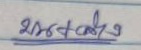
บน + ล่าง